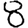
Digit: 8